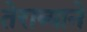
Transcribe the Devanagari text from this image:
तेराव्याने